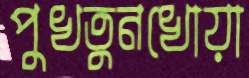
পুখতুনখোয়া